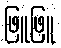
ဖြူဖြူ